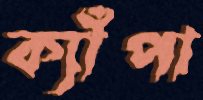
ক্যাঁপা